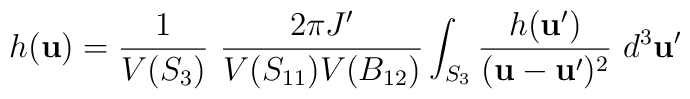
h({\bf u}) = \frac{1}{V(S_3)} \ \frac{2\pi J'}{V(S_{11})V(B_{12})}\int_{S_3} \frac{h({\bf u}')}{({\bf u}-{\bf u}')^2} \ d^3{\bf u}'